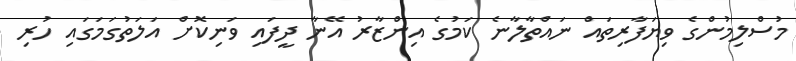
މުސްލިމުންގެ ވިޔަފާރިތައް ނައްތާލާނެ ކަމުގެ އިންޒާރު އޭނާ ދީފައި ވަނިކޮށް އަލަތުގަމަގައި ހުރި